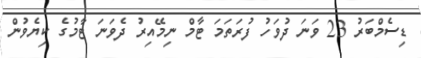
ޑިސެމްބަރު 23 ވަނަ ދުވަހު ފުރަތަމަ ޓާމް ނިމޭއިރު ދެވަނަ ޓާމުގެ ކިޔެވުން